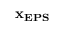
\bf { x _ { E P S } }